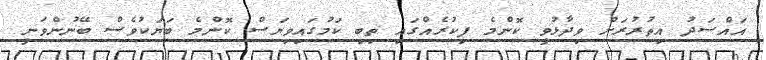
އައްސަދު އިތުރުރަށް ވިދާޅުވީ ކޮންމެ ފިކުރެއްގައި ތިބި ކަމުގައިވިޔަސް ކޮންމެ ބަޔަކުވެސް ބޭނުންވަނީ